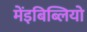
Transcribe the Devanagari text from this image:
मेंइबिब्लियो